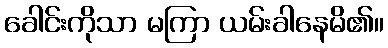
ခေါင်းကိုသာ မကြာ ယမ်းခါနေမိ၏။